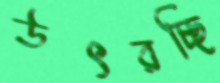
উৎরচ্ছি